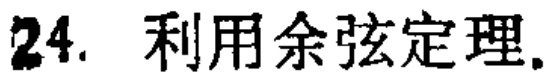
24. 利用余弦定理.